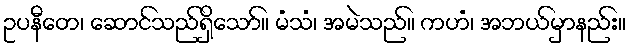
ဥပနီတေ၊ ဆောင်သည်ရှိသော်။ မံသံ၊ အမဲသည်။ ကဟံ၊ အဘယ်မှာနည်း။